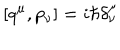
\left[ q ^ { \mu } , p _ { \nu } \right] = i \hbar \delta _ { \nu } ^ { \mu }